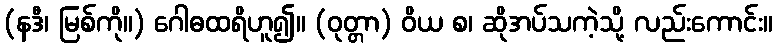
(နဒီ၊ မြစ်ကို။) ဂေါဓထရိဟူ၍။ (ဝုတ္တာ) ဝိယ စ၊ ဆိုအပ်သကဲ့သို့ လည်းကောင်း။